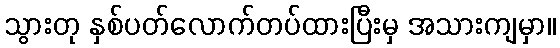
သွားတု နှစ်ပတ်လောက်တပ်ထားပြီးမှ အသားကျမှာ။